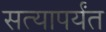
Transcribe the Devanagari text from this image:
सत्यापर्यंत